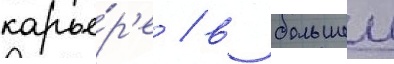
карье́р'е / в большеи